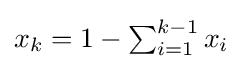
{\textstyle x_{k}=1-\sum _{i=1}^{k-1}x_{i}}